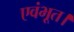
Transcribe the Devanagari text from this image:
एवंभूत।